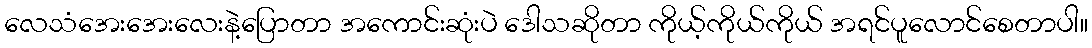
လေသံအေးအေးလေးနဲ့ပြောတာ အကောင်းဆုံးပဲ ဒေါသဆိုတာ ကိုယ့်ကိုယ်ကိုယ် အရင်ပူလောင်စေတာပါ။